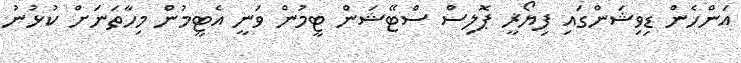
އަންހެން ޑިވިޝަންގައި ފިޔޯޜީ ޕޮލިސް ސްޓޭޝަން ޓީމުން ވަނީ އެޓީމުން މިހާތަނަށް ކުޅުނު